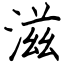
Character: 滋